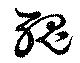
醜